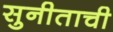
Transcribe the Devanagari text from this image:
सुनीताची